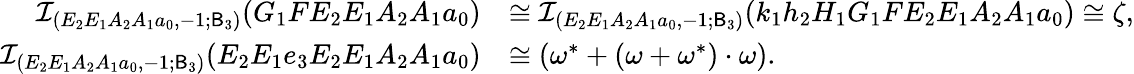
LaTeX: \begin{array}{rl}{\mathcal{I}_{(E_{2}E_{1}A_{2}A_{1}a_{0},-1;\mathsf{B}_{3})}(G_{1}FE_{2}E_{1}A_{2}A_{1}a_{0})}&{\cong\mathcal{I}_{(E_{2}E_{1}A_{2}A_{1}a_{0},-1;\mathsf{B}_{3})}(k_{1}h_{2}H_{1}G_{1}FE_{2}E_{1}A_{2}A_{1}a_{0})\cong\zeta,}\\ {\mathcal{I}_{(E_{2}E_{1}A_{2}A_{1}a_{0},-1;\mathsf{B}_{3})}(E_{2}E_{1}e_{3}E_{2}E_{1}A_{2}A_{1}a_{0})}&{\cong(\omega^{*}+(\omega+\omega^{*})\cdot\omega).}\end{array}